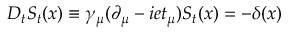
D _ { t } S _ { t } ( x ) \equiv \gamma _ { \mu } ( \partial _ { \mu } - i e t _ { \mu } ) S _ { t } ( x ) = - \delta ( x )